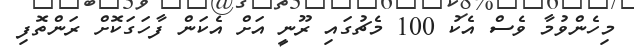
މިހެންވުމާ ވެސް އެކު 100 މެޗުގައި ރޫނީ އަށް އެކަން ފާހަގަކޮށް ރަންތޮފި